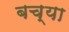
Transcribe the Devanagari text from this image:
बच्या